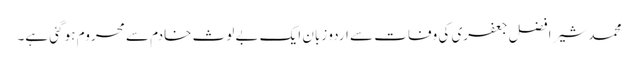
محمد شیر افضل جعفری کی وفات سے اردو زبان ایک بے لوث خادم سے محروم ہو گئی ہے۔